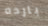
بارده